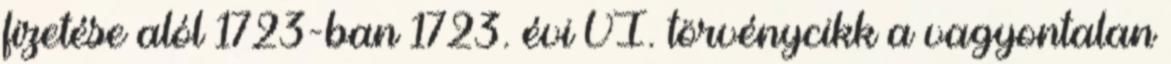
fizetése alól 1723-ban 1723. évi VI. törvénycikk a vagyontalan